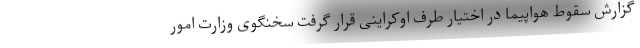
گزارش سقوط هواپیما در اختیار طرف اوکراینی قرار گرفت سخنگوی وزارت امور